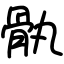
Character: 骫